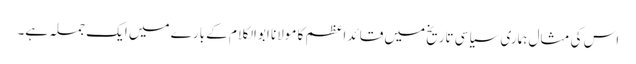
اس کی مثال ہماری سیاسی تاریخ میں قائد اعظم کا مولانا ابوالکلام کے بارے میں ایک جملہ ہے۔